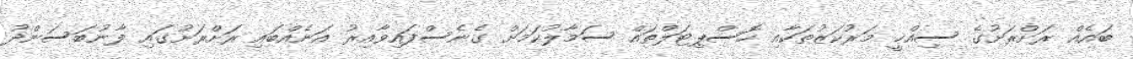
ބައެއް ރަށްރަށުގެ ސިއްޚީ މަރުކަޒުތަކާއި ހޮސްޕިޓަލްތައް ސަމާލުކަމަށް ގެނެސްފައިވާއިރު އަނެއްބައި ރަށްރަށުގައި ފާނުބަސަންދު